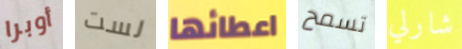
أوبرا لست اعطائها تسمح شارلي